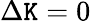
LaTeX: \Delta\mathtt{K}=0